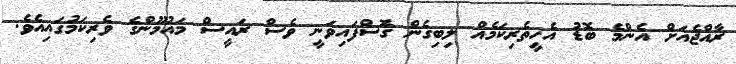
ރާއްޖެއަށް އެންމެ ބޮޑު އެހީތެރިކަމެއް ލިބިގެން ގޮސްފައިވަނީ ވެސް ރައީސް މައުމޫންގެ ވެރިކަމުގައިއެވެ.